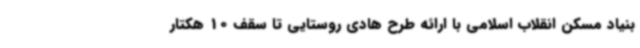
بنیاد مسکن انقلاب اسلامی با ارائه طرح هادی روستایی تا سقف 10 هکتار